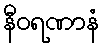
နီဝရဏာနံ